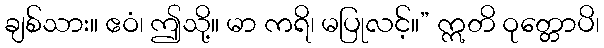
ချစ်သား။ ဧဝံ၊ ဤသို့။ မာ ကရိ၊ မပြုလင့်။” ဣတိ ဝုတ္တောပိ၊